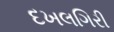
દખલગિરી